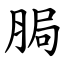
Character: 䏱